Annual administration and progress report of the Indian Medical Department, Bombay
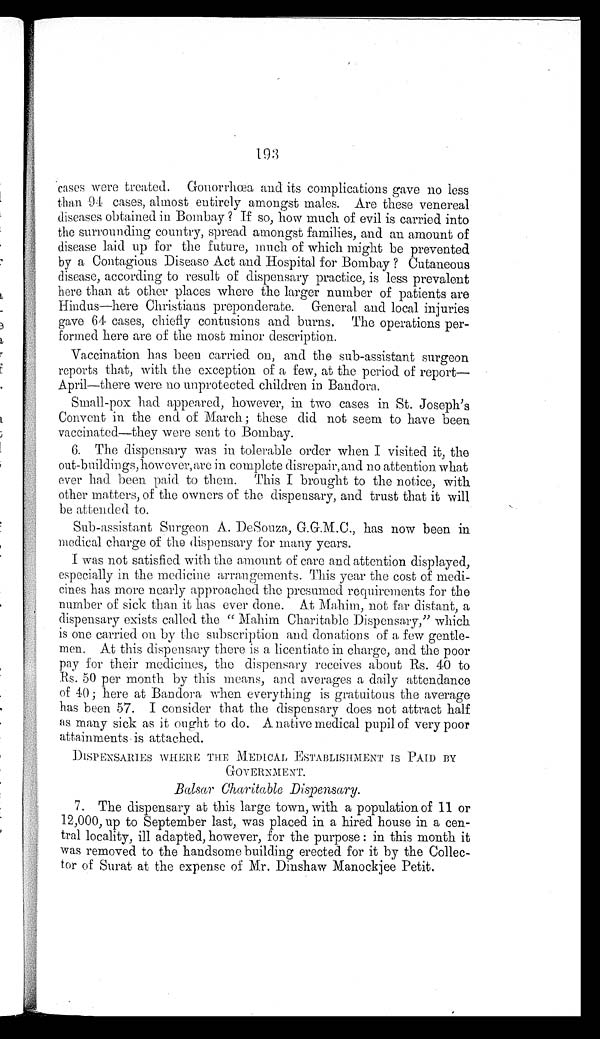
193
cases were treated. Gonorrhœa and its complications gave no less
than 94 cases, almost entirely amongst males. Are these venereal
diseases obtained in Bombay? If so, how much of evil is carried into
the surrounding country, spread amongst families, and an amount of
disease laid up for the future, much of which might be prevented
by a Contagious Disease Act and Hospital for Bombay? Cutaneous
disease, according to result of dispensary practice, is less prevalent
here than at other places where the larger number of patients are
Hindus—here Christians preponderate. General and local injuries
gave 64 cases, chiefly contusions and burns. The operations per
-formed here are of the most minor description.
Vaccination has been carried on, and the sub-assistant surgeon
reports that, with the exception of a few, at the period of report
— A p r i l — t h e r e w e r e n o u n p r o t e c t e d c h i l d r e n i n B a n d o r a .
Small-pox had appeared, however, in two cases in St. Joseph's
Convent in the end of March; these did not seem to have been
vaccinated—they were sent to Bombay.
6. The dispensary was in tolerable order when I visited it, the
out-buildings,however, are in complete disrepair, and no attention what
ever had been paid to them. This I brought to the notice, with
other matters, of the owners of the dispensary, and trust that it will
be attended to.
Sub-assistant Surgeon A. DeSouza, G.G.M.C., has now been in
medical charge of the dispensary for many years.
I was not satisfied with the amount of care and attention displayed,
especially in the medicine arrangements. This year the cost of medi
-cines has more nearly approached the presumed requirements for the
number of sick than it has ever done. At Mahim, not far distant, a
dispensary exists called the "Mahim Charitable Dispensary," which
is one carried on by the subscription and donations of a few gentle
-men. At this dispensary there is a licentiate in charge, and the poor
pay for their medicines, the dispensary receives about Rs. 40 to
Rs. 50 per month by this means, and averages a daily attendance
of 40; here at Bandora when everything is gratuitous the average
has been 57. I consider that the dispensary does not attract half
as many sick as it ought to do. A native medical pupil of very poor
attainments is attached.
DISPENSARIES WHERE THE MEDICAL ESTABLISHMENT IS PAID BY
GOVERNMENT.
Balsar Charitable Dispensary.
7. The dispensary at this large town, with a population of 11 or
12,000, up to September last, was placed in a hired house in a cen
-tral locality, ill adapted, however, for the purpose: in this month it
was removed to the handsome building erected for it by the Collec
-tor of Surat at the expense of Mr. Dinshaw Manockjee Petit.